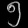
Digit: ၅